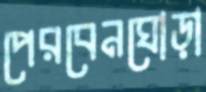
পেরবেনঘোড়া